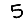
Digit: 5